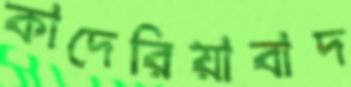
কাদেরিয়াবাদ